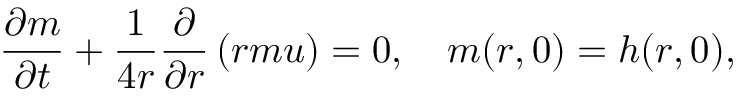
\frac { \partial m } { \partial t } + \frac { 1 } { 4 r } \frac { \partial } { \partial r } \left( r m u \right) = 0 , \quad m ( r , 0 ) = h ( r , 0 ) ,